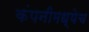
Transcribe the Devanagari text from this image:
कंपनीमध्येच